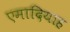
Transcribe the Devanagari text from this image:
एमादियाह